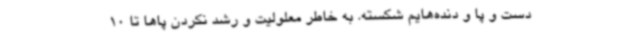
دست و پا و دنده‌هایم شکسته. به‌ خاطر معلولیت و رشد نکردن پاها تا 10